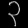
Digit: ၃